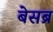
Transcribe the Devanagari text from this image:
बेसब्र